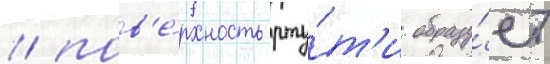
/ пов'е́рхность рту́т'и образу́ет